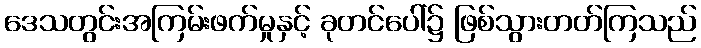
ဒေသတွင်းအကြမ်းဖက်မှုနှင့် ခုတင်ပေါ်၌ ဖြစ်သွားတတ်ကြသည်